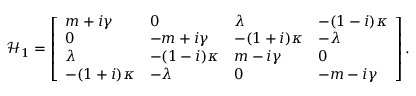
\begin{array} { r } { \mathcal { H } _ { 1 } = \left[ \begin{array} { l l l l } { m + i \gamma } & { 0 } & { \lambda } & { - ( 1 - i ) \kappa } \\ { 0 } & { - m + i \gamma } & { - ( 1 + i ) \kappa } & { - \lambda } \\ { \lambda } & { - ( 1 - i ) \kappa } & { m - i \gamma } & { 0 } \\ { - ( 1 + i ) \kappa } & { - \lambda } & { 0 } & { - m - i \gamma } \end{array} \right] . } \end{array}